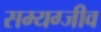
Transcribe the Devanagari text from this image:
सम्यग्जीव